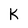
Character: K